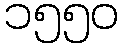
၁၅၅၀